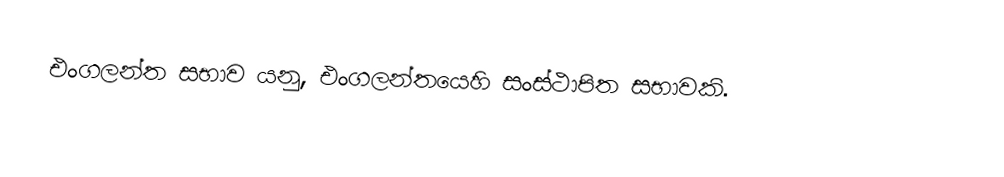
එංගලන්ත සභාව යනු, එංගලන්තයෙහි සංස්ථාපිත සභාවකි.